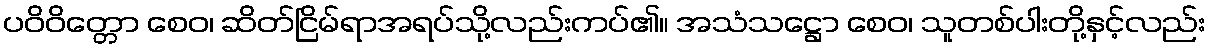
ပဝိဝိတ္တော စေဝ၊ ဆိတ်ငြိမ်ရာအရပ်သို့လည်းကပ်၏။ အသံသဋ္ဌော စေဝ၊ သူတစ်ပါးတို့နှင့်လည်း